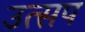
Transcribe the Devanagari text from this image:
उत्सप